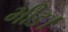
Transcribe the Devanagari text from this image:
भीड।